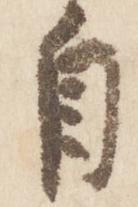
自